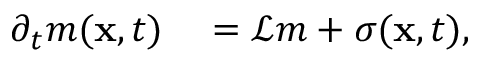
\begin{array} { r l } { \partial _ { t } m ( { \bf x } , t ) } & { { } = \mathcal { L } m + \sigma ( { \bf x } , t ) , } \end{array}